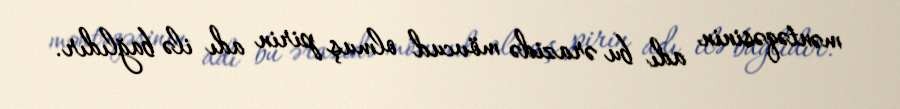
məntəqəsinin adı bu ərazidə mövcud olmuş pirin adı ilə bağlıdır.